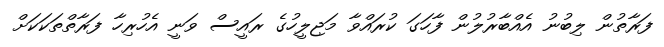
ފަރާތުން ލިބުނު އެއްބާރުލުން ފާހަގަ ކުރައްވާ މަޖިލީހުގެ ރައީސް ވަނީ އެހުރިހާ ފަރާތްތަކަކަށް